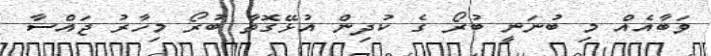
ވަބާއެއް މި ބުނަނީ ބުރޯ ގެ ކުދިން އުޅޭގޮތާ ބުރޯ މިހާރު ޖައްސާ